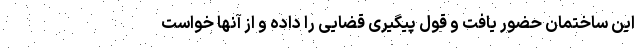
این ساختمان حضور یافت و قول پیگیری قضایی را داده و از آنها خواست